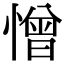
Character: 憎